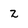
Character: z